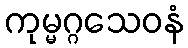
ကုမ္မဂ္ဂသေဝနံ